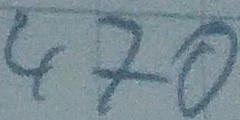
Text: 470